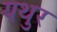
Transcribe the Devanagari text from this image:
यथुर